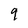
Character: 9